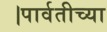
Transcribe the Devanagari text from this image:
।पार्वतीच्या